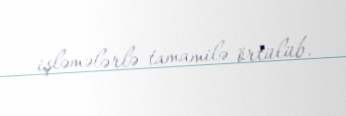
işləmələrlə tamamilə örtülüb.